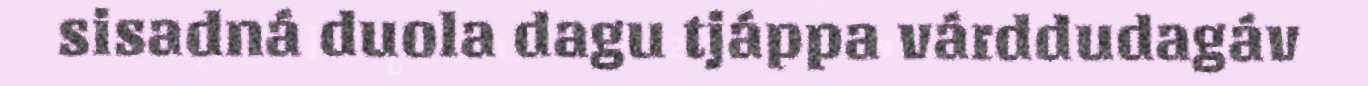
sisadná duola dagu tjáppa várddudagáv